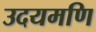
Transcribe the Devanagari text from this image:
उदयमणि